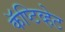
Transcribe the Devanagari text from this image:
कॅप्टिव्हेट